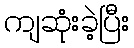
ကျဆုံးခဲ့ပြီး